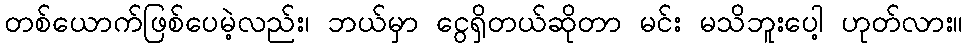
တစ်ယောက်ဖြစ်ပေမဲ့လည်း၊ ဘယ်မှာ ငွေရှိတယ်ဆိုတာ မင်း မသိဘူးပေါ့ ဟုတ်လား။